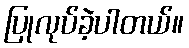
ပြုလုပ်ခဲ့ပါတယ်။